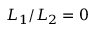
L _ { 1 } / L _ { 2 } = 0